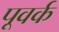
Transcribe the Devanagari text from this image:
पूवर्क